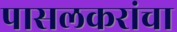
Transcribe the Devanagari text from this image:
पासलकरांचा